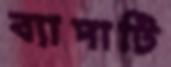
ব্যাপাটি